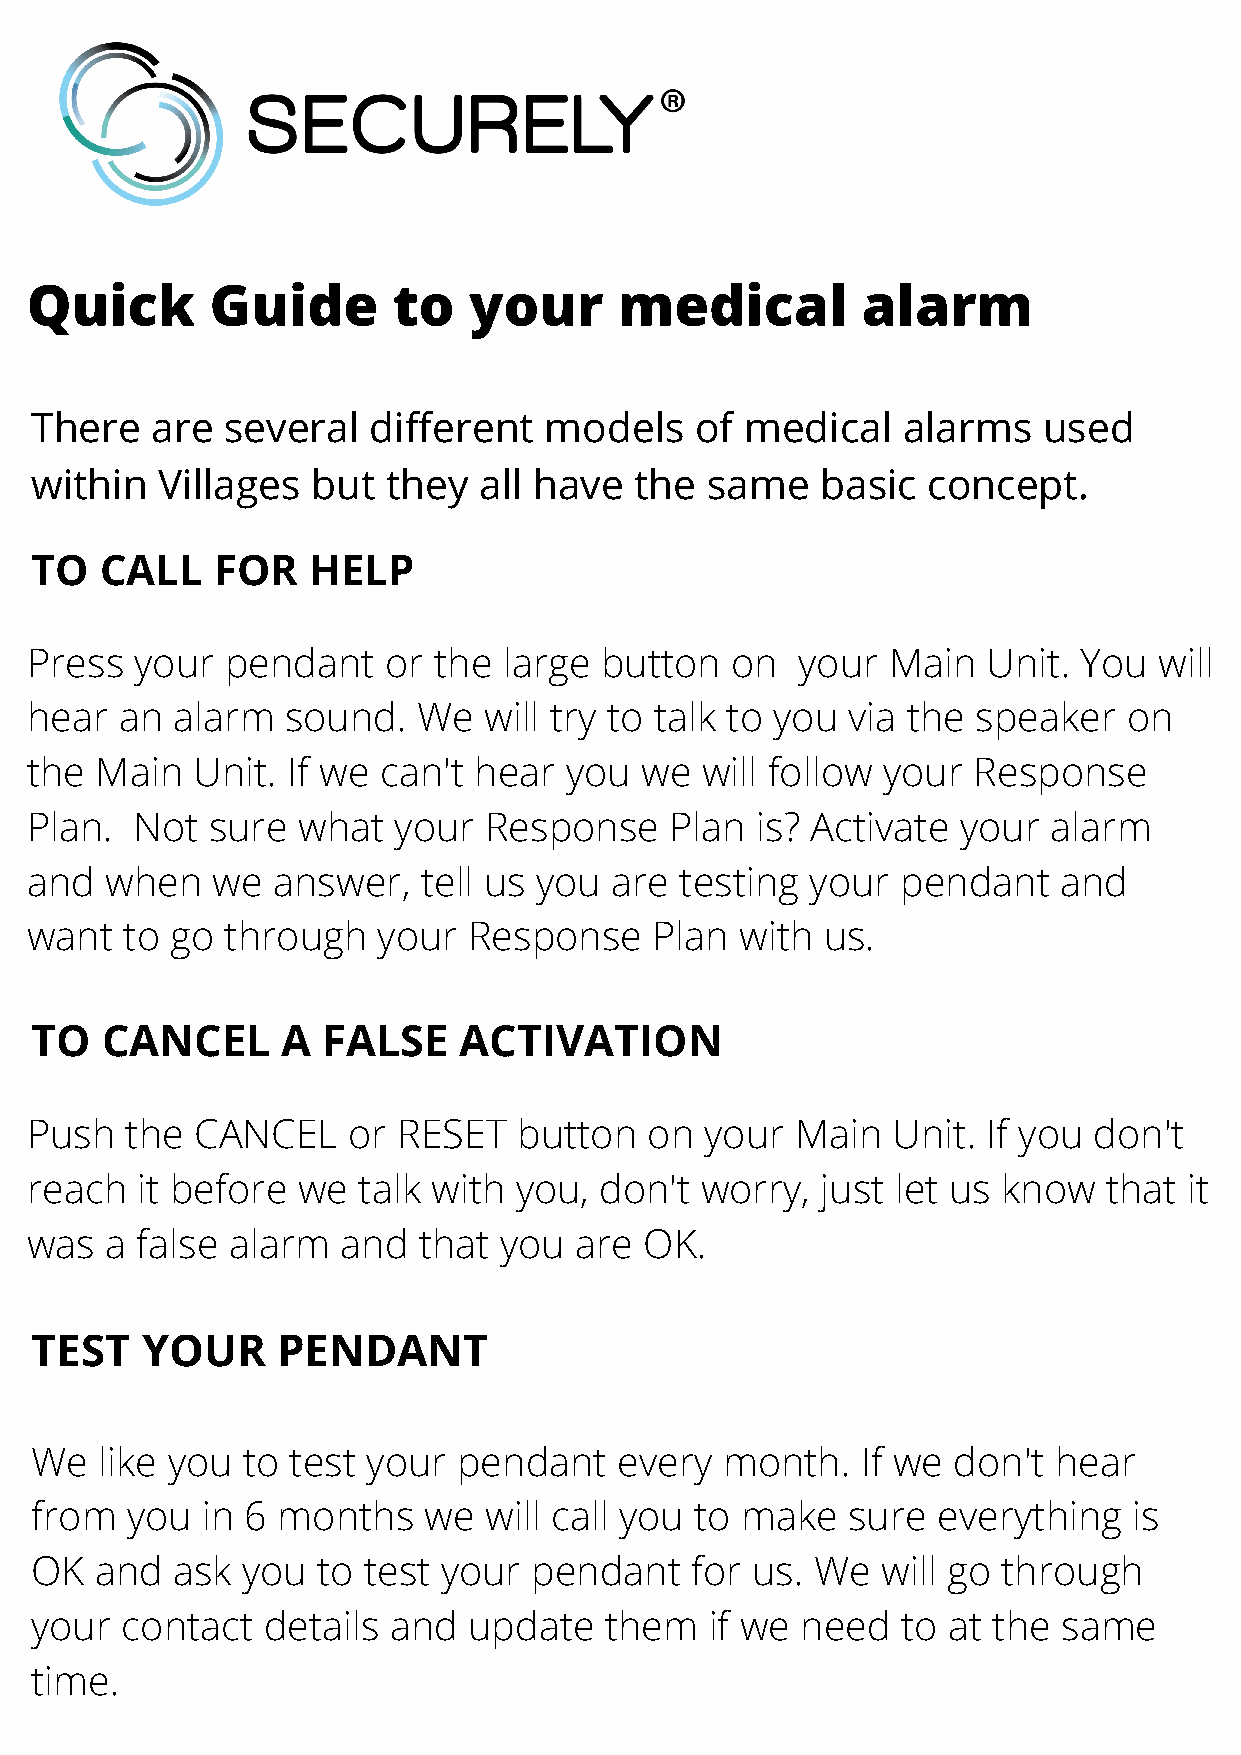
Quick       Guide       to   your      medical         alarm
 There   are  several  different   models    of medical    alarms   used
 within  Villages   but  they  all have  the  same   basic  concept.
 TO   CALL   FOR   HELP
 Press  your  pendant   or  the large  button  on   your  Main  Unit.  You  will
 hear  an alarm   sound.   We  will try to talk to you via the  speaker   on
 the Main   Unit. If we can't hear  you  we  will follow your  Response
 Plan.  Not  sure  what  your  Response    Plan  is? Activate  your  alarm
 and  when   we  answer,   tell us you are  testing  your  pendant   and
 want  to go  through   your  Response    Plan  with  us.
 TO   CANCEL      A FALSE    ACTIVATION
 Push  the  CANCEL    or RESET   button   on  your  Main  Unit. If you don't
 reach  it before  we  talk with you,  don't worry,  just let us know   that  it
 was  a false alarm   and  that you  are  OK.
 TEST   YOUR     PENDANT
 We   like you to test your  pendant    every  month.   If we don't  hear
 from  you  in 6 months    we  will call you to make   sure  everything   is
 OK  and  ask  you  to test your  pendant    for us. We  will go through
 your  contact  details  and  update   them   if we need   to at the same
 time.